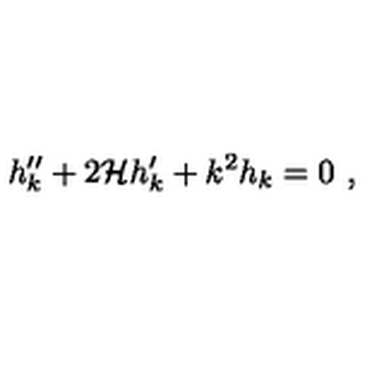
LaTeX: h _ { k } ^ { \prime \prime } + 2 { \cal H } h _ { k } ^ { \prime } + k ^ { 2 } h _ { k } = 0 \ ,